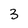
Character: 3